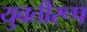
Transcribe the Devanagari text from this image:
युवतीरूप